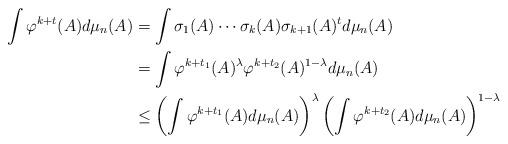
LaTeX: \begin{align*}\int \varphi^{k+t}(A)d\mu_n(A) &= \int \sigma_1(A)\cdots \sigma_k(A)\sigma_{k+1}(A)^{t}d\mu_n(A)\\& =\int \varphi^{k+t_1}(A)^{\lambda}\varphi^{k+t_2}(A)^{1-\lambda}d\mu_n(A)\\&\leq \left(\int \varphi^{k+t_1}(A)d\mu_n(A)\right)^{\lambda} \left(\int \varphi^{k+t_2}(A)d\mu_n(A)\right)^{1-\lambda}\end{align*}